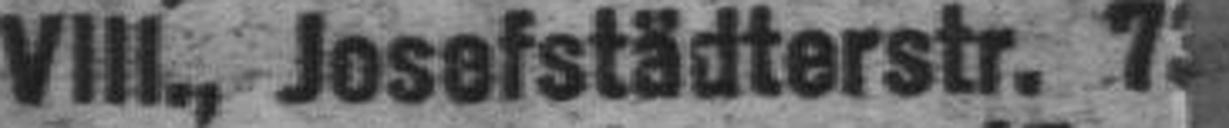
VIII., Josefstädterstr. 73###